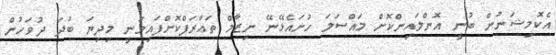
އެކޮމިޝަނުން ބުނީ އޮންލައިންކޮށް މައްސަލަ ހުށައެޅޭނޭ ނިޒާމް ތަޢާރަފްކޮށްފައިވަނީ މިދިޔަ ބުދަ ދުވަހުން